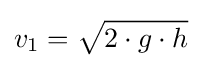
v_{1}={\sqrt {2\cdot g\cdot h}}